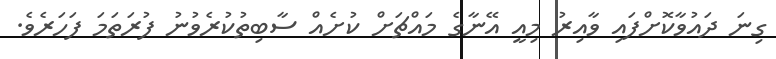
ގިނަ ދައުވާކޮށްފައި ވާއިރު މިއީ އޭނާގެ މައްޗަށް ކުށެއް ސާބިތުކުރެވުނު ފުރަތަމަ ފަހަރެވެ.